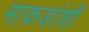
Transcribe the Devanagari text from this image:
माकडांशी